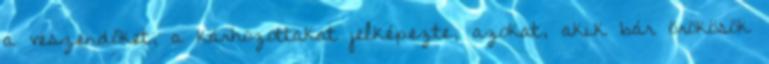
a veszendőket, a kárhozottakat jelképezte, azokat, akik bár örökösök